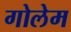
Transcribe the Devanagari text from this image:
गोलेम